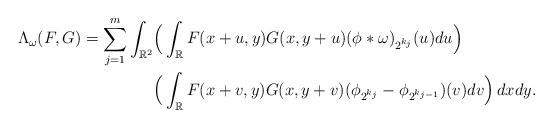
LaTeX: \begin{align*}\Lambda_{\omega}(F,G) = \sum_{j=1}^m \int_{\mathbb{R}^2} & \Big( \int_{\mathbb{R}}F(x+u,y)G(x,y+u)(\phi\ast\omega)_{2^{k_{j}}}(u) du \Big) \\& \Big( \int_{\mathbb{R}}F(x+v,y)G(x,y+v) (\phi_{2^{k_{j}}}-\phi_{2^{k_{j-1}}})(v) dv \Big) \,dx dy.\end{align*}